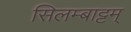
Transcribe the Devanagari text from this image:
सिलम्बाट्टम्